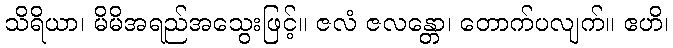
သိရိယာ၊ မိမိအရည်အသွေးဖြင့်။ ဇလံ ဇလန္တော၊ တောက်ပလျက်။ ဧဟိ၊